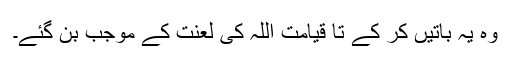
وہ یہ باتیں کر کے تا قیامت اللہ کی لعنت کے موجب بن گئے۔